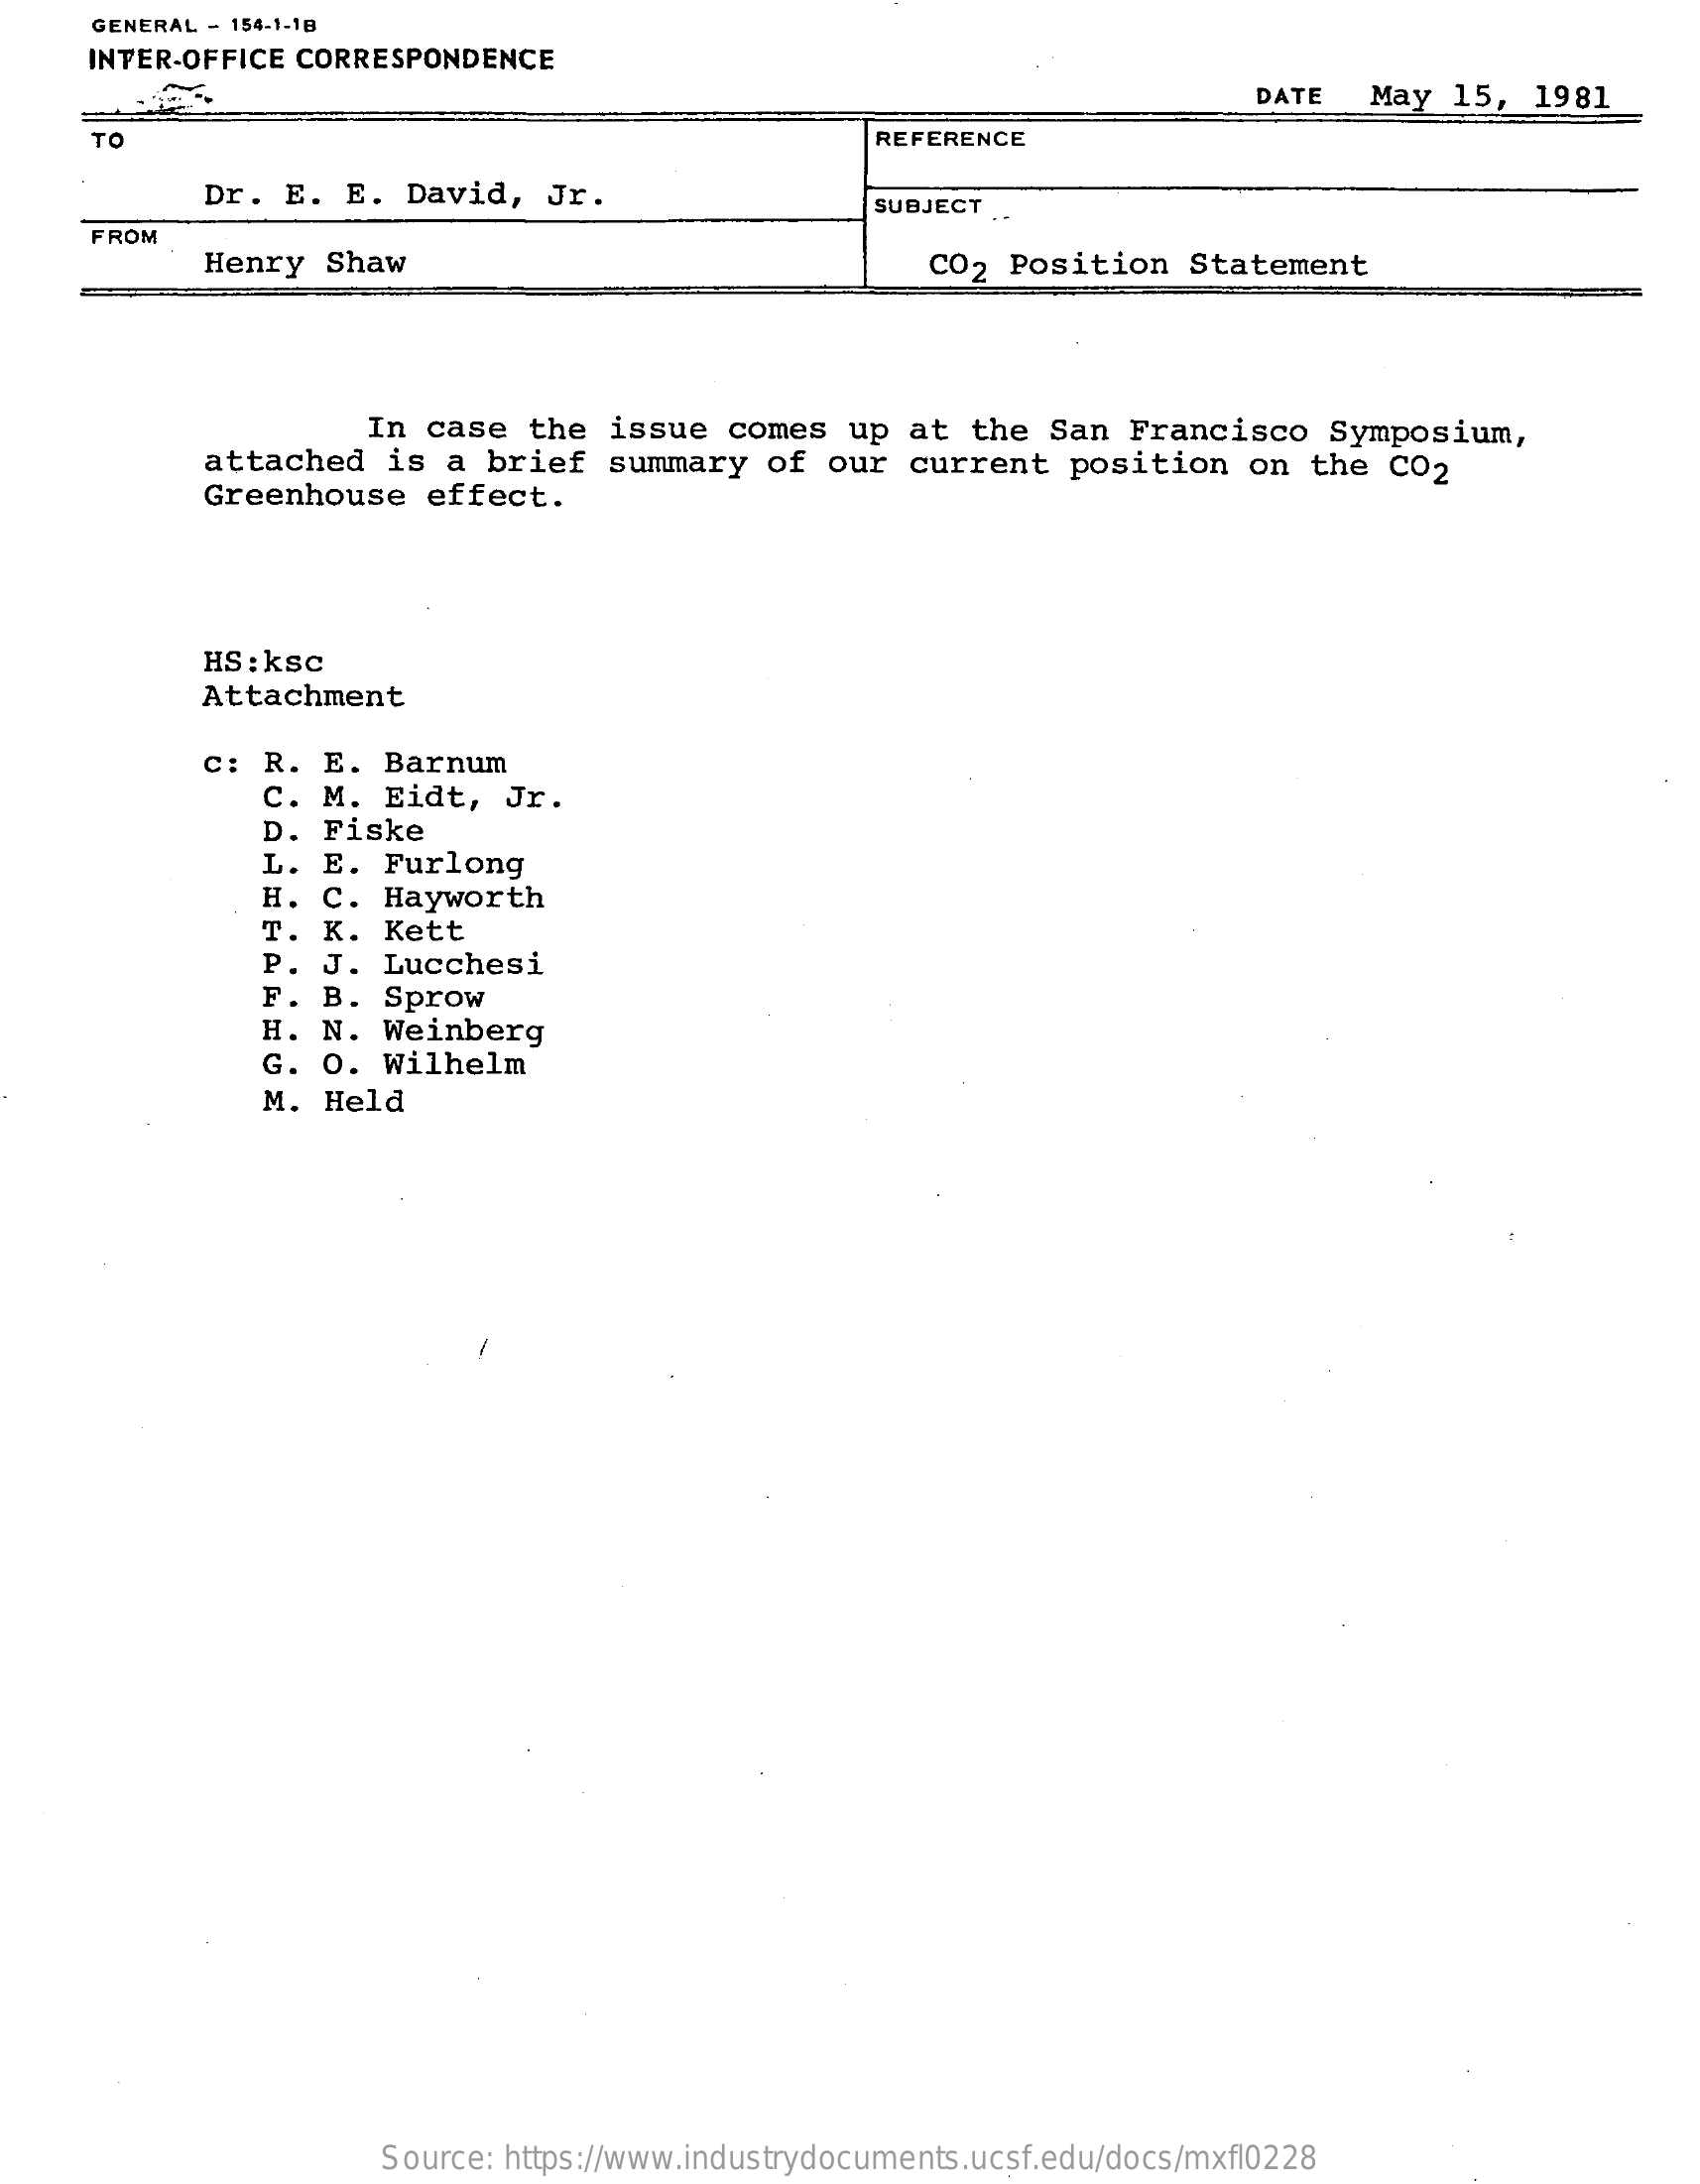
GENERAL - 154-1-18
     INTER-OFFICE CORRESPONDENCE
     DATE   May  15,  1981
     TO    REFERENCE
     Dr.  E.  E. David,    Jr.    SUBJECT .
     FROM
     Henry   Shaw    CO2  Position   Statement
     In  case  the   issue  comes   up at  the  San  Francisco    Symposium,
     attached    is a  brief  summary   of  our  current   position    on  the  CO2
     Greenhouse    effect.
     HS : ksc
     Attachment
     C:  R. E.  Barnum
     C. M.  Eidt,   Jr.
     D. Fiske
     L. E.  Furlong
     H. C.  Hayworth
     T. K.  Kett
     P. J.  Lucchesi
     F. B.  Sprow
     H. N.  Weinberg
     G. O.  Wilhelm
     M. Held
     Source: https://www.industrydocuments.ucsf.edu/docs/mxfl0228